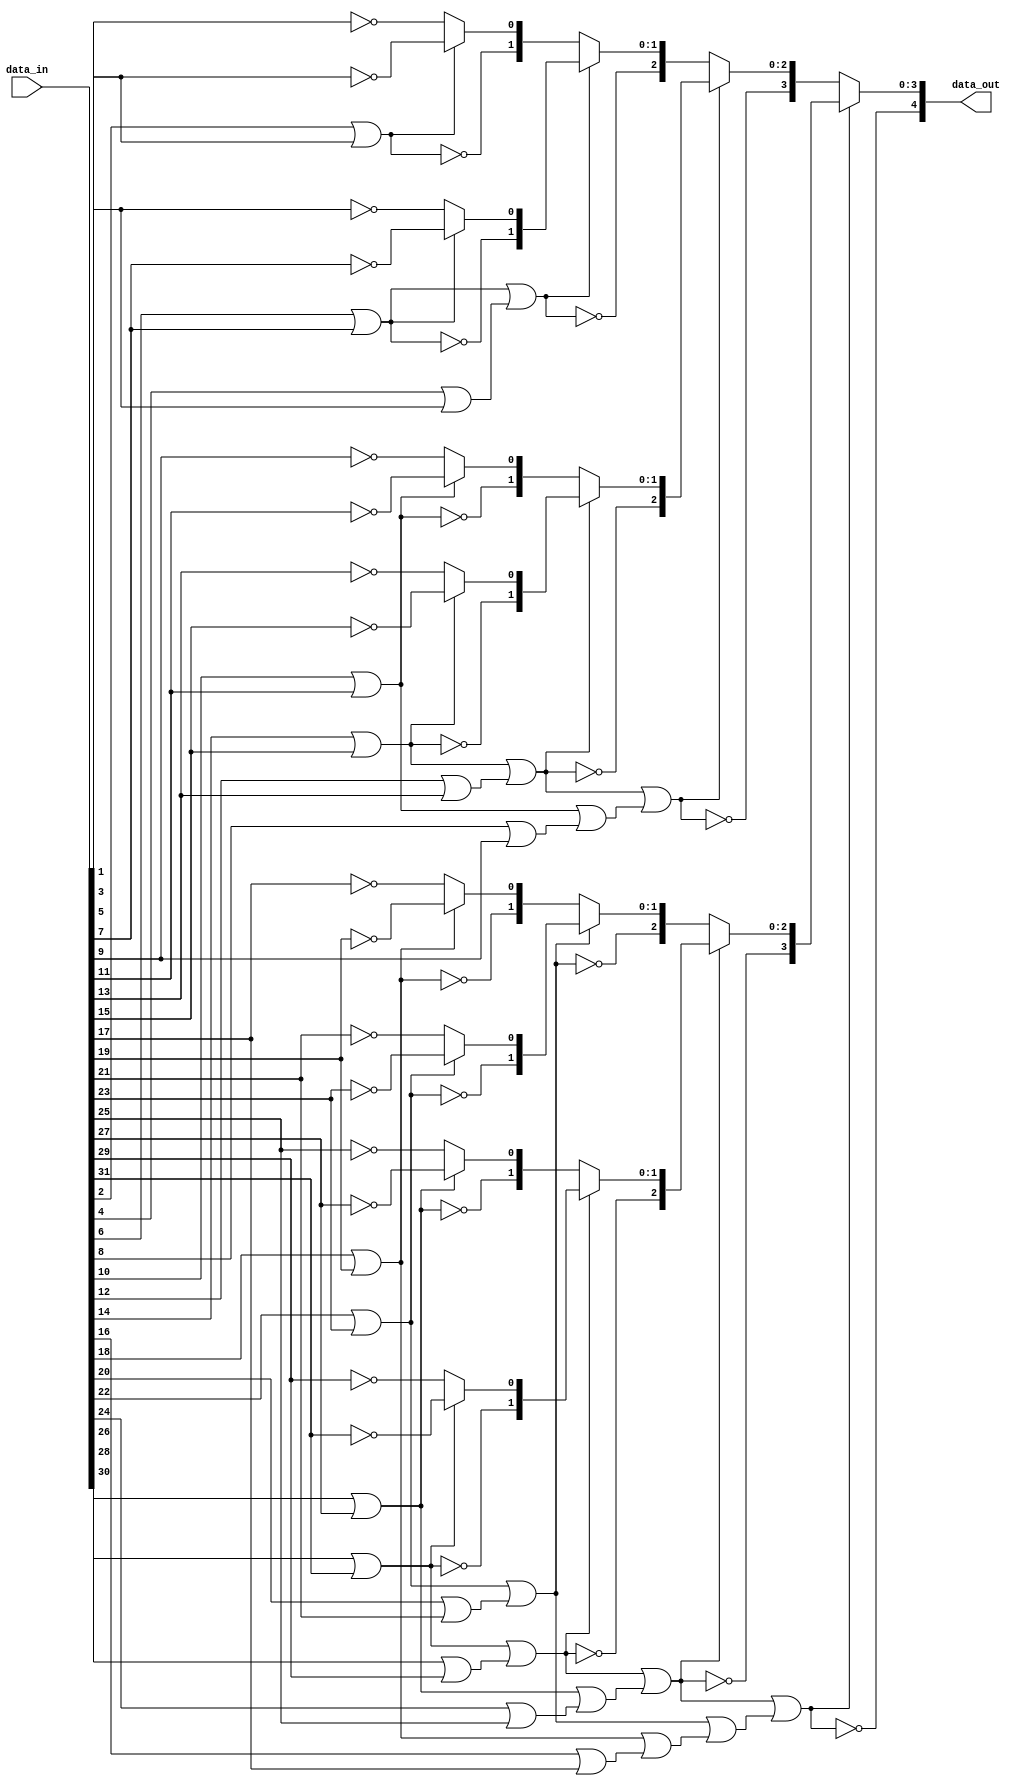
`timescale 1ns / 1ps
//////////////////////////////////////////////////////////////////////////////////
// 5_lzd.v 
//
//  description:
//          This file is used to find the leading zero detection for 32 bit number
//
//////////////////////////////////////////////////////////////////////////////////


module lzd_5(
    input [31:0] data_in,
    output [4:0] data_out
    );
    
       // local variables
     wire [31:0] d;
     wire p1 [15:0];
     wire [15:0] v1;
     wire [1:0] p2 [7:0];
     wire [7:0] v2;
     wire [2:0] p3 [3:0];
     wire [3:0] v3;
     wire [3:0] p4 [1:0];
     wire [1:0] v4;
     wire [4:0] p5;
     
     // Parallel structure
     assign d = data_in;
     
     assign p1[0 ] = ~d[1 ];
     assign p1[1 ] = ~d[3 ];
     assign p1[2 ] = ~d[5 ];
     assign p1[3 ] = ~d[7 ];
     assign p1[4 ] = ~d[9 ];
     assign p1[5 ] = ~d[11];
     assign p1[6 ] = ~d[13];
     assign p1[7 ] = ~d[15];
     assign p1[8 ] = ~d[17];
     assign p1[9 ] = ~d[19];
     assign p1[10] = ~d[21];
     assign p1[11] = ~d[23];
     assign p1[12] = ~d[25];
     assign p1[13] = ~d[27];
     assign p1[14] = ~d[29];
     assign p1[15] = ~d[31];
     
     assign v1[0 ] = d[0 ] | d[1 ];
     assign v1[1 ] = d[2 ] | d[3 ];
     assign v1[2 ] = d[4 ] | d[5 ];
     assign v1[3 ] = d[6 ] | d[7 ];
     assign v1[4 ] = d[8 ] | d[9 ];
     assign v1[5 ] = d[10] | d[11];
     assign v1[6 ] = d[12] | d[13];
     assign v1[7 ] = d[14] | d[15];
     assign v1[8 ] = d[16] | d[17];
     assign v1[9 ] = d[18] | d[19];
     assign v1[10] = d[20] | d[21];
     assign v1[11] = d[22] | d[23];
     assign v1[12] = d[24] | d[25];
     assign v1[13] = d[26] | d[27];
     assign v1[14] = d[28] | d[29];
     assign v1[15] = d[30] | d[31];
         
     assign p2[0 ] = {~v1[1 ], (v1[1 ] ? p1[1 ] : p1[0 ])};
     assign p2[1 ] = {~v1[3 ], (v1[3 ] ? p1[3 ] : p1[2 ])};
     assign p2[2 ] = {~v1[5 ], (v1[5 ] ? p1[5 ] : p1[4 ])};
     assign p2[3 ] = {~v1[7 ], (v1[7 ] ? p1[7 ] : p1[6 ])};
     assign p2[4 ] = {~v1[9 ], (v1[9 ] ? p1[9 ] : p1[8 ])};
     assign p2[5 ] = {~v1[11], (v1[11] ? p1[11] : p1[10])};
     assign p2[6 ] = {~v1[13], (v1[13] ? p1[13] : p1[12])};
     assign p2[7 ] = {~v1[15], (v1[15] ? p1[15] : p1[14])};
  
     assign v2[0 ] = v1[1 ] | v1[0 ];
     assign v2[1 ] = v1[3 ] | v1[2 ];
     assign v2[2 ] = v1[5 ] | v1[4 ];
     assign v2[3 ] = v1[7 ] | v1[6 ];
     assign v2[4 ] = v1[9 ] | v1[8 ];
     assign v2[5 ] = v1[11] | v1[10];
     assign v2[6 ] = v1[13] | v1[12];
     assign v2[7 ] = v1[15] | v1[14];
      
     assign p3[0] = {~v2[1 ], (v2[1 ] ? p2[1 ] : p2[0 ])};
     assign p3[1] = {~v2[3 ], (v2[3 ] ? p2[3 ] : p2[2 ])};
     assign p3[2] = {~v2[5 ], (v2[5 ] ? p2[5 ] : p2[4 ])};
     assign p3[3] = {~v2[7 ], (v2[7 ] ? p2[7 ] : p2[6 ])};

     assign v3[0] = v2[1 ] | v2[0 ];
     assign v3[1] = v2[3 ] | v2[2 ];
     assign v3[2] = v2[5 ] | v2[4 ];
     assign v3[3] = v2[7 ] | v2[6 ];
   
     
     assign p4[0] = {~v3[1], (v3[1] ? p3[1] : p3[0])};
     assign p4[1] = {~v3[3], (v3[3] ? p3[3] : p3[2])};
     
     assign v4[0] = v3[1] | v3[0];
     assign v4[1] = v3[3] | v3[2];
         
     assign p5 = {~v4[1], (v4[1] ? p4[1] : p4[0])};
     
     
     // Output data
     assign data_out = p5;
  
endmodule